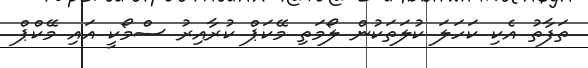
ތަފާތު އެކި ކަހަލަ ކުލަތަކުން ލޯމަތި މޭކަޕް ކުރާއިރު ސްމޯކީ އައި މޭކްޕް